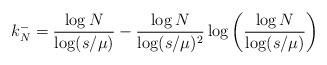
LaTeX: \begin{align*}k_N^- = \frac{\log N}{\log(s/\mu)} - \frac{\log N}{\log(s/\mu)^2} \log \bigg( \frac{\log N}{\log(s/\mu)} \bigg)\end{align*}